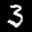
Label: 3